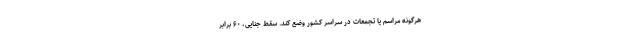
هرگونه مراسم یا تجمعات در سراسر کشور وضع کند. سقط جنایی، ۶۰ برابر